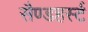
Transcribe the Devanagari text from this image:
सैण्डहर्स्ट